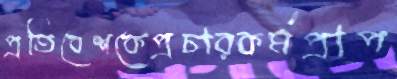
প্রতিবেশকেপ্রচারকর্মপ্রাপ